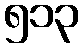
၅၁၃